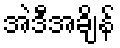
အဲဒီအချိန်